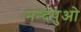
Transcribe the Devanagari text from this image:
नन्दपुओ